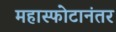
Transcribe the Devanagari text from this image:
महास्फोटानंतर